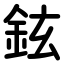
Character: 鉉